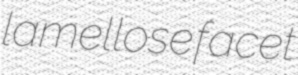
lamellose facet